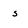
Character: 5